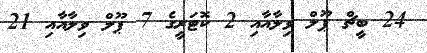
24 ބީޗް ޕޫލް ވިލާއާއި 2 ކޮޓަރީގެ 7 ޕޫލް ވިލާއާއި 21